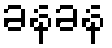
ခနခန